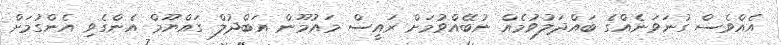
އެއްވެސް ގުނަވަނެއްގެ ބައްދަލުވުމެއް ނުބޭއްވުމަށް ރައީސް މައުމޫން އަބްދުލް ގައްޔޫމް އެންގެވި އެންގުމަށް